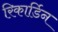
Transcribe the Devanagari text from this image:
रिकार्डिन